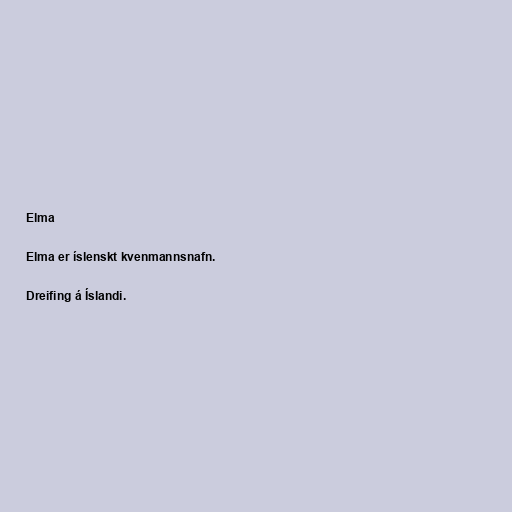
Elma

Elma er íslenskt kvenmannsnafn.

Dreifing á Íslandi.